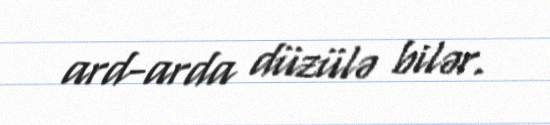
ard-arda düzülə bilər.